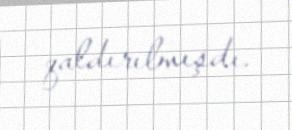
qaldırılmışdı.